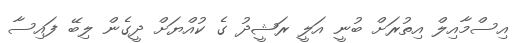
އިސްމާއިލް އިތުރަށް ބުނީ އަލީ ރަޝީދު ގެ ކުއްޔަށް ދީގެން ލިބޭ ފައިސާ